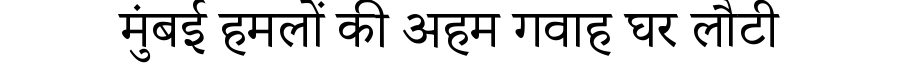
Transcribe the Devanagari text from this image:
मुंबई हमलों की अहम गवाह घर लौटी